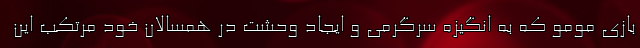
بازی مومو که به انگیزه سرگرمی و ایجاد وحشت در همسالان خود مرتکب این